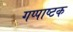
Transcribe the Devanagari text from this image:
गप्पाष्टक